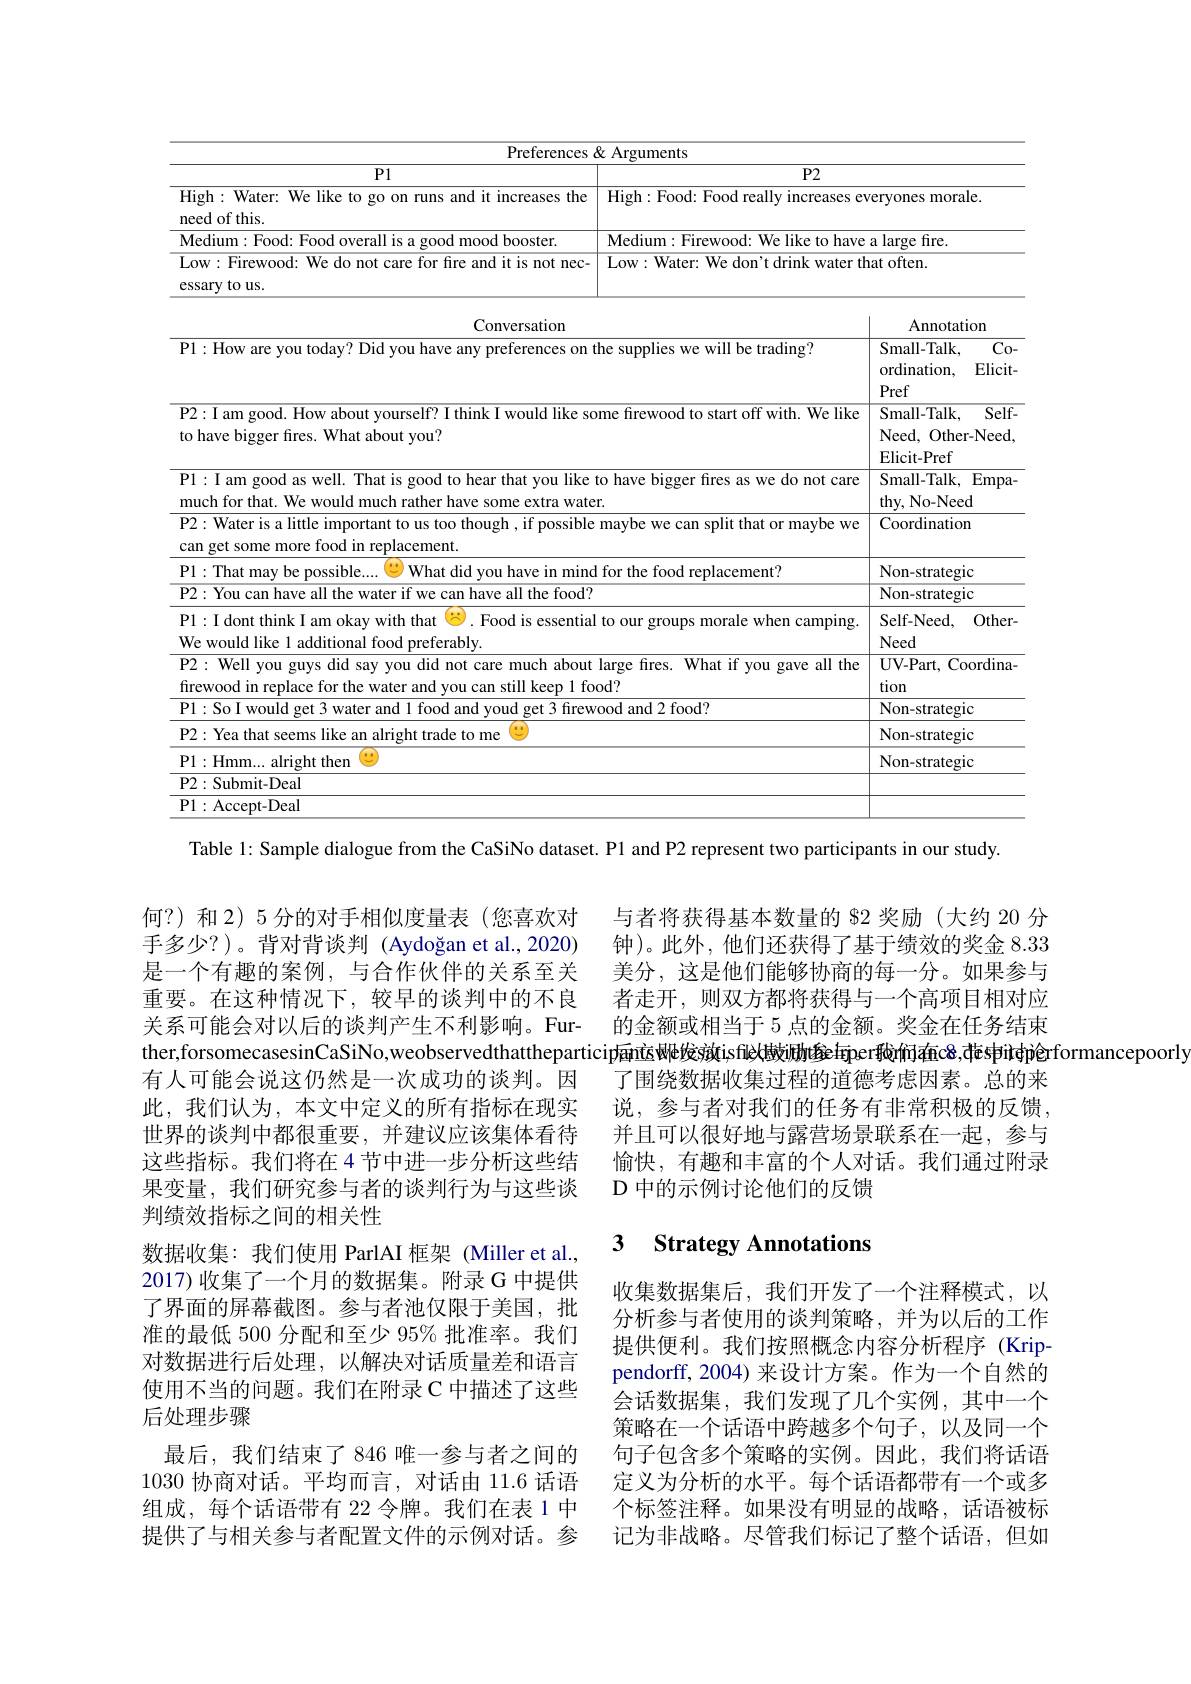
<table>
	<tbody>
		<tr>
			<th colspan="3">Preferences & Arguments</th>
		</tr>
		<tr>
			<th>$P1$</th>
			<th colspan="2">$P2$</th>
		</tr>
		<tr>
			<td>High: Water: We like to go on runs and it increases the need of this.</td>
			<td>High:Food: Food really increases e</td>
			<td>ervones morale.</td>
		</tr>
		<tr>
			<td>Marer</td>
			<td>Medium: Firewood: We like to have</td>
			<td>a large fire.</td>
		</tr>
		<tr>
			<td>Low: Firewood: We do not care for fire and it is not nec- essary to us.</td>
			<td colspan="2">Low: Water: We don't drink water that often.</td>
		</tr>
		<tr>
			<td>Conversation</td>
			<td> </td>
			<td>Annotation</td>
		</tr>
		<tr>
			<td>P1: How are you today? Did you have any preferences on</td>
			<td>he supplies we will be trading?</td>
			<td>44 . monnon Small-Talk, Co- ordination, Elicit- Pref</td>
		</tr>
		<tr>
			<td>P2: I am good. How about yourself? I think I would like so to have bigger fires. What about you?</td>
			<td>me firewood to start off with. We like</td>
			<td>Small- Talk $Self-$ Need, Other- Need. Elicit- Pref</td>
		</tr>
		<tr>
			<td>P1: I am good as well. That is good to hear that you like much for that. We would much rather have some extra wate</td>
			<td>o have bigger fres as we do not care $\Upsilon.$</td>
			<td>Small-Talk, Empa thy, No-Need</td>
		</tr>
		<tr>
			<td>P2: Water is a little important to us too though , if possible can get some more food in replacement.</td>
			<td>maybe we can split that or maybe we</td>
			<td>Coordination</td>
		</tr>
		<tr>
			<td>What mas ible 1011 minc</td>
			<td>for the food replacement?</td>
			<td>Non-strategic</td>
		</tr>
		<tr>
			<td> the tood</td>
			<td> </td>
			<td>Non-strategic</td>
		</tr>
		<tr>
			<td>P1: I dont think I am okay with that Food is essentia We would like 1 additional food preferably</td>
			<td>to our groups morale when camping.</td>
			<td>Self- Need, $Other.$ Need</td>
		</tr>
		<tr>
			<td>P2: Well you guys did say you did not care much about firewood in replace for the water and you can still keep 1 fo</td>
			<td>large fires. What if you gave all the $od?$</td>
			<td>$\mathbf{UV-Part,~}$ Coordina tion</td>
		</tr>
		<tr>
			<td>P1:SoIwould tood and voud get 3 firew get</td>
			<td>ood and 2 food?</td>
			<td>Non-strategic</td>
		</tr>
		<tr>
			<td>$\mathbf{P}2:$ ade to me</td>
			<td> </td>
			<td>Non-strategic</td>
		</tr>
		<tr>
			<td>ht then</td>
			<td> </td>
			<td>Non-strategic</td>
		</tr>
		<tr>
			<td>$\mathbf{P}2:$Submit-Deal</td>
			<td> </td>
			<td> </td>
		</tr>
		<tr>
			<td>$\mathbf{P}1:$Accept-Deal</td>
			<td> </td>
			<td> </td>
		</tr>
	</tbody>
</table>

Table l: Sample dialogue from the CaSiNo dataset. Pl and P2 represent two participants in our study.

与者将获得基本数量的 82 奖励(大约 20 分钟)。此外，他们还获得了基于绩效的奖金8.33美分，这是他们能够协商的每一分。如果参与者走开，则双方都将获得与一个高项目相对应的金额或相当于 5 点的金额。奖金在任务结束
ther,forsomecasesinCaSiNo,weobservedthattheparticip后nisWe发s旗isflètdultøefperdòfhác8,đespitèpèrformancepoorly
了围绕数据收集过程的道德考虑因素。总的来说，参与者对我们的任务有非常积极的反馈， 并且可以很好地与露营场景联系在一起，参与愉快，有趣和丰富的个人对话。我们通过附录D 中的示例讨论他们的反馈

何？)和 2) 5 分的对手相似度量表 (您喜欢对手多少？)。背对背谈判(Aydoğan et al.,2020) 是一个有趣的案例，与合作伙伴的关系至关重要。在这种情况下，较早的谈判中的不良关系可能会对以后的谈判产生不利影响。Fur有人可能会说这仍然是一次成功的谈判。因此，我们认为，本文中定义的所有指标在现实世界的谈判中都很重要，并建议应该集体看待这些指标。我们将在 4 节中进一步分析这些结果变量，我们研究参与者的谈判行为与这些谈判绩效指标之间的相关性
数据收集：我们使用 ParlAI 框架 (Miller et al., 2017) 收集了一个月的数据集。附录 G 中提供了界面的屏幕截图。参与者池仅限于美国，批准的最低 500 分配和至少 95% 批准率。我们对数据进行后处理，以解决对话质量差和语言使用不当的问题。我们在附录 C 中描述了这些后处理步骤
最后，我们结束了846 唯一参与者之间的1030协商对话。平均而言，对话由 11.6 话语组成，每个话语带有 22 令牌。我们在表 1 中提供了与相关参与者配置文件的示例对话。参

## 3 Strategy Annotations

收集数据集后，我们开发了一个注释模式，以分析参与者使用的谈判策略，并为以后的工作提供便利。我们按照概念内容分析程序(Krippendorff, 2004) 来设计方案。作为一个自然的会话数据集，我们发现了几个实例，其中一个策略在一个话语中跨越多个句子，以及同一个句子包含多个策略的实例。因此，我们将话语定义为分析的水平。每个话语都带有一个或多个标签注释。如果没有明显的战略，话语被标记为非战略。尽管我们标记了整个话语，但如